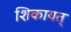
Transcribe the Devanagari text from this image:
शिकायत्